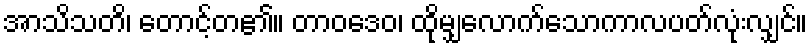
အာသိသတိ၊ တောင့်တ၏။ တာဝဒေဝ၊ ထိုမျှလောက်သောကာလပတ်လုံးလျှင်။